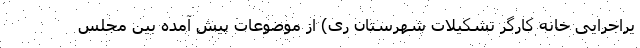
یراجرایی خانه کارگر تشکیلات شهرستان ری) از موضوعات پیش آمده بین مجلس